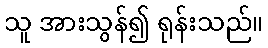
သူ အားသွန်၍ ရုန်းသည်။